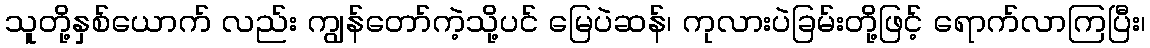
သူတို့နှစ်ယောက် လည်း ကျွန်တော်ကဲ့သို့ပင် မြေပဲဆန်၊ ကုလားပဲခြမ်းတို့ဖြင့် ရောက်လာကြပြီး၊